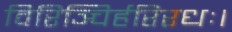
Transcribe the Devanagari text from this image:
विरिञ्चिर्हरिरधः।